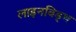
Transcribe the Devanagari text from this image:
लाइनविड्थ